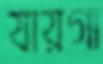
যায়গা